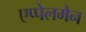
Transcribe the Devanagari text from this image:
एप्पेलमैन